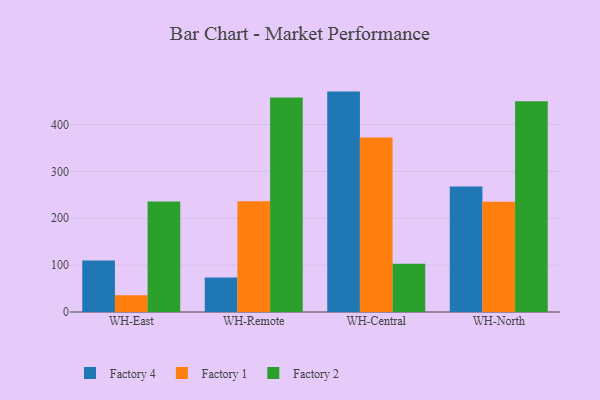
{"axis": {"x": "Warehouse", "y": "Shipments"}, "legend": ["Factory 1", "Factory 2", "Factory 4"], "data": [{"x": "WH-East", "y": 109.8, "type": "Factory 4"}, {"x": "WH-East", "y": 35.6, "type": "Factory 1"}, {"x": "WH-East", "y": 235.5, "type": "Factory 2"}, {"x": "WH-Remote", "y": 73.4, "type": "Factory 4"}, {"x": "WH-Remote", "y": 236.2, "type": "Factory 1"}, {"x": "WH-Remote", "y": 457.7, "type": "Factory 2"}, {"x": "WH-Central", "y": 470.2, "type": "Factory 4"}, {"x": "WH-Central", "y": 372.1, "type": "Factory 1"}, {"x": "WH-Central", "y": 102.9, "type": "Factory 2"}, {"x": "WH-North", "y": 267.8, "type": "Factory 4"}, {"x": "WH-North", "y": 235.2, "type": "Factory 1"}, {"x": "WH-North", "y": 449.6, "type": "Factory 2"}]}